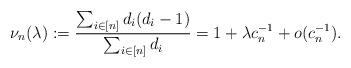
LaTeX: \begin{align*} \nu_n(\lambda):=\frac{\sum_{i\in [n]}d_i(d_i-1)}{\sum_{i\in [n]}d_i}=1+\lambda c_n^{-1}+o(c_n^{-1}).\end{align*}